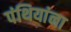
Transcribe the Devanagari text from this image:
पंथियांना